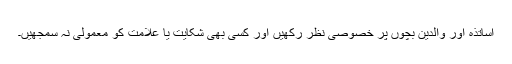
اساتذہ اور والدین بچوں پر خصوصی نظر رکھیں اور کسی بھی شکایت یا علامت کو معمولی نہ سمجھیں۔